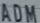
ADM